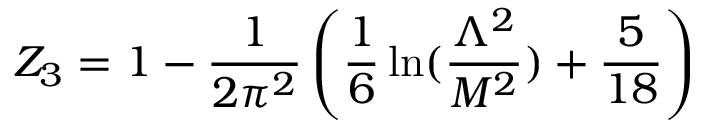
Z _ { 3 } = 1 - \frac { 1 } { 2 \pi ^ { 2 } } \left( \frac { 1 } { 6 } \ln ( \frac { \Lambda ^ { 2 } } { M ^ { 2 } } ) + \frac { 5 } { 1 8 } \right)